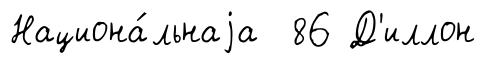
Национа́льнаjа 86 Д'иллон